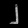
Digit: ၂